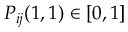
P _ { i j } ( 1 , 1 ) \in [ 0 , 1 ]